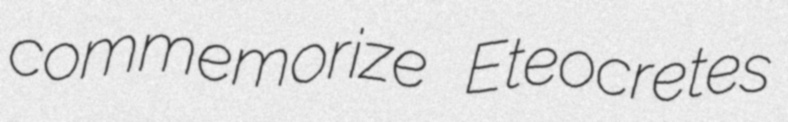
commemorize Eteocretes